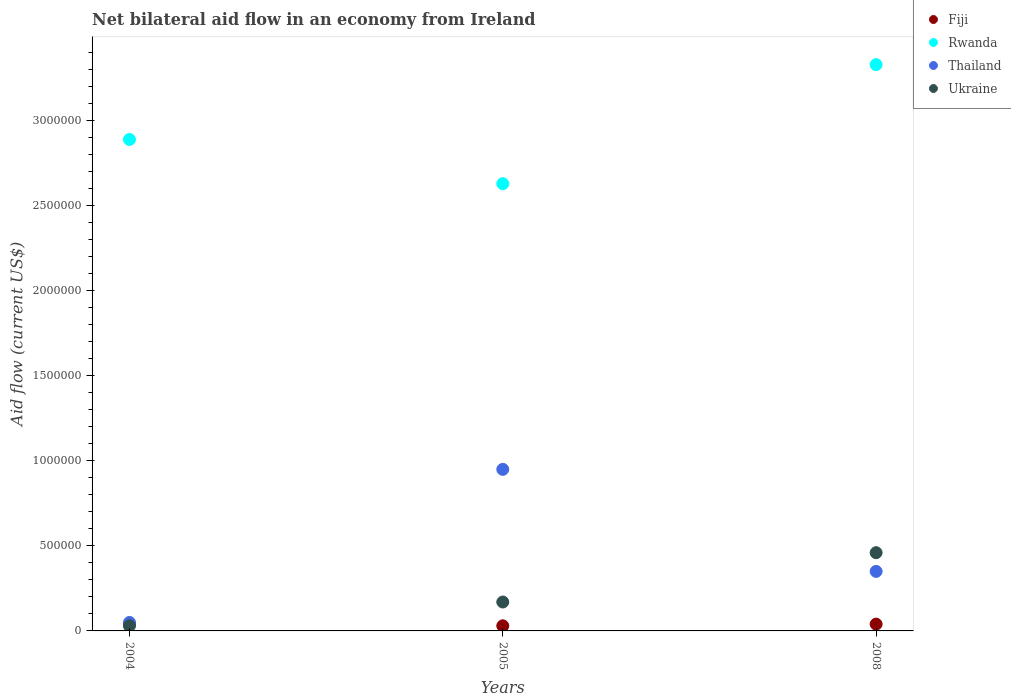
| Years | Fiji | Rwanda | Thailand | Ukraine |
 | --- | --- | --- | --- | --- |
 | 2004 | 4e+04 | 2.89e+06 | 5e+04 | 3e+04 |
 | 2005 | 3e+04 | 2.63e+06 | 9.5e+05 | 1.7e+05 |
 | 2008 | 4e+04 | 3.33e+06 | 3.5e+05 | 4.6e+05 |